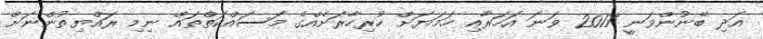
އަދި ބޭނުންވަނީ 2017 ވަނަ އަހަރާއި ހަމަޔަށް ހުރިހާރަށެއްގެ މަސައްކަތްތައް ނިމި ރައްޔިތުންނަށް